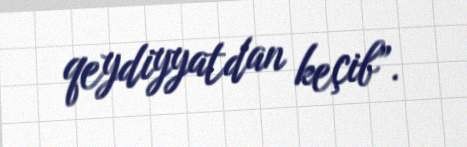
qeydiyyatdan keçib”.